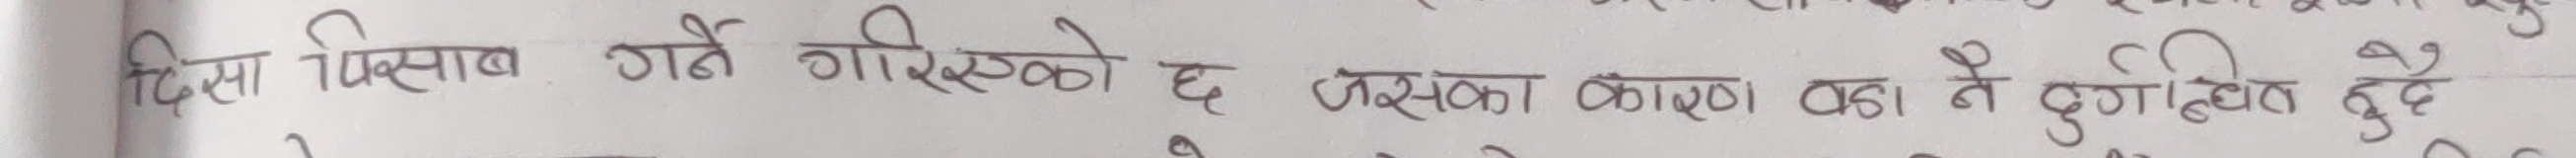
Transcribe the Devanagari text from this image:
दिस पिसाब गर्ने गरेको छ जसका कारण का नै दुखित हुदै